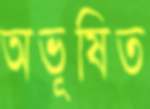
অভূষিত